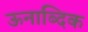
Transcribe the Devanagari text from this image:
ऊनाब्दिक